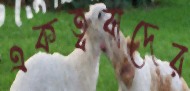
একত্ববাদের